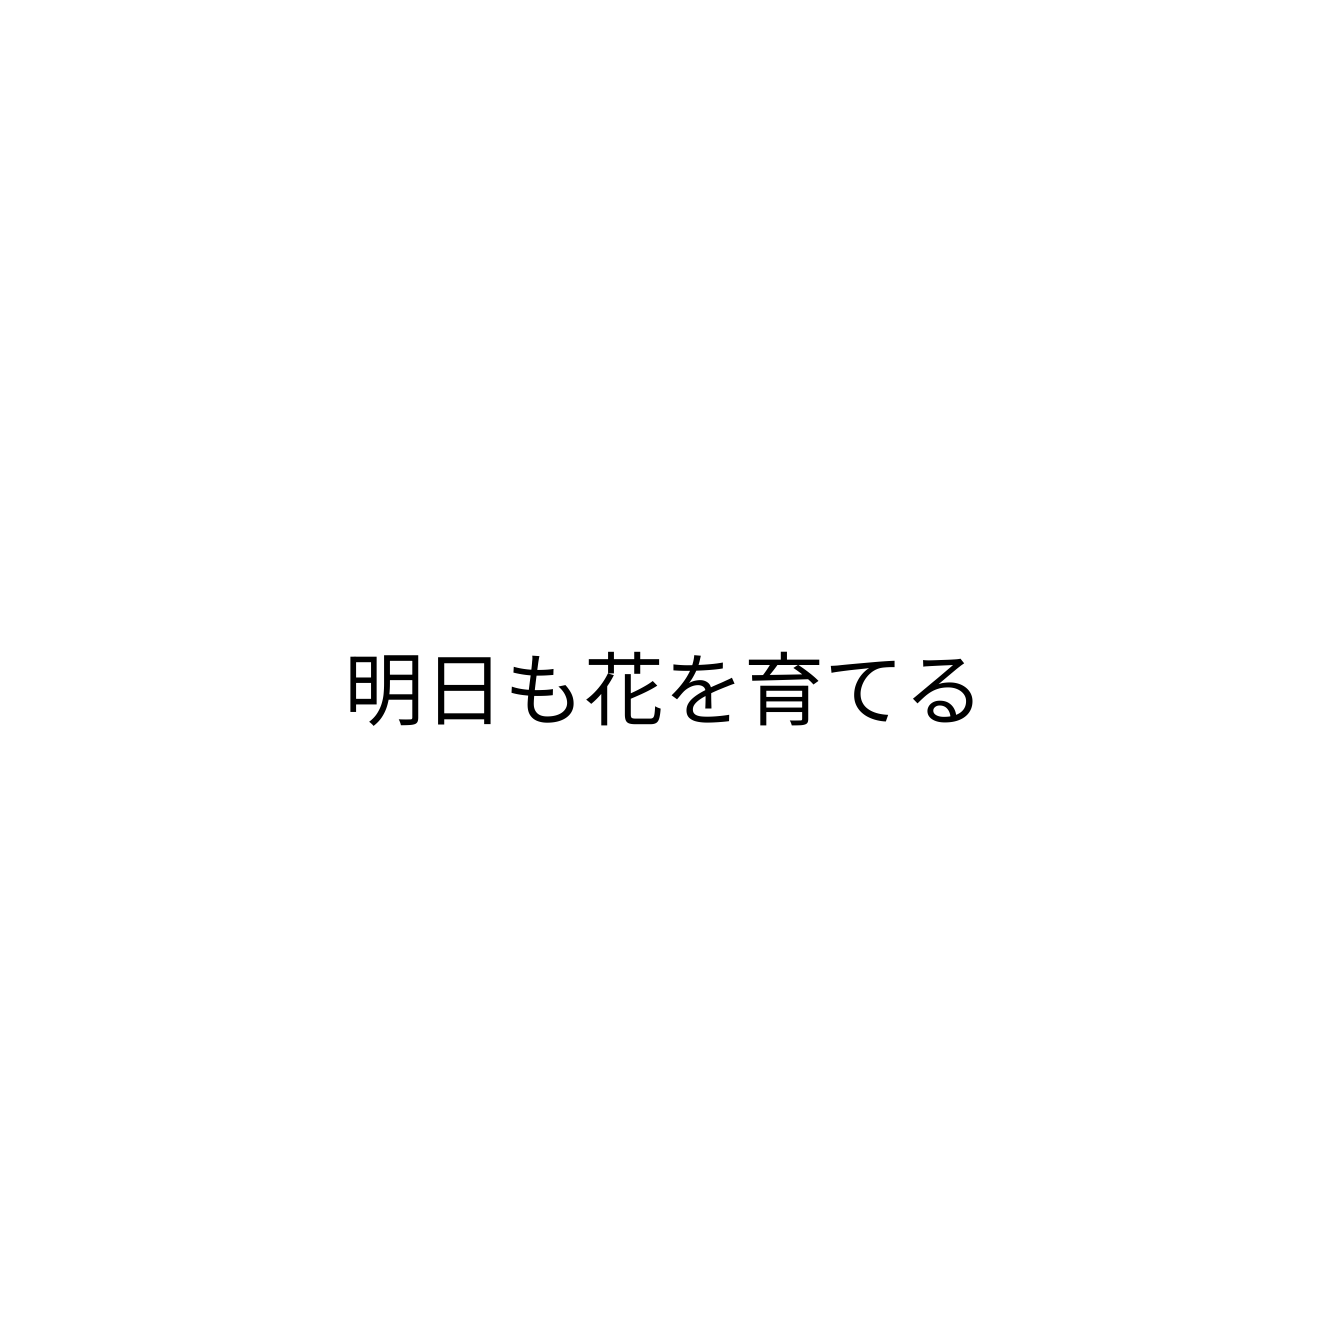
明日も花を育てる